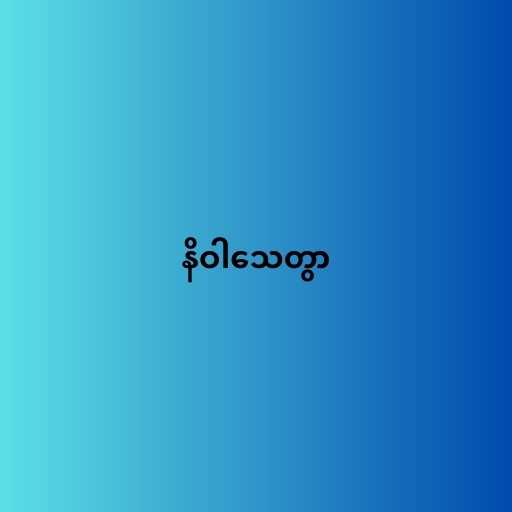
နိဝါသေတွာ